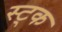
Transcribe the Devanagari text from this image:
स्ट्क